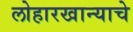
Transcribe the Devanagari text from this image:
लोहारखान्याचे